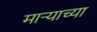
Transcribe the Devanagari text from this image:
मार्‍याच्या